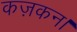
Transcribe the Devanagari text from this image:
कज़कन।